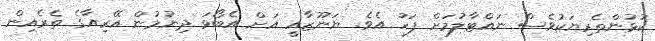
ކުޅުންތެރިޔަކުވެސް ނައްޓާލުމަށް ފަހު އެވެ. ޔަނޫޒާއީ އަށް އެބޯޅަ ދިނުމުން އޭރިއާގެ ތެރެއިން